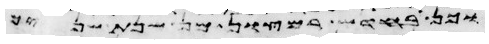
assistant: מבן חדש ועד בן חמש שנים